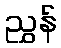
ညွှန်